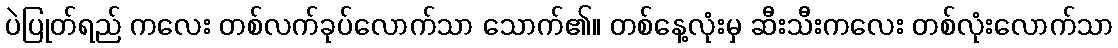
ပဲပြုတ်ရည် ကလေး တစ်လက်ခုပ်လောက်သာ သောက်၏။ တစ်နေ့လုံးမှ ဆီးသီးကလေး တစ်လုံးလောက်သာ